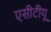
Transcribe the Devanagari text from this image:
एसीटीयू